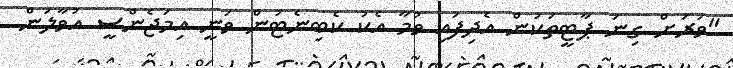
"ވަރަށް ގިނަ ޕާޓީތަކުން އެދިފައި ވުމާ އެކު ކެބިނެޓުން ވަނީ އިމަޖެންސީ އުުވާލަން